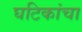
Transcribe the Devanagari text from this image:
घटिकांचा